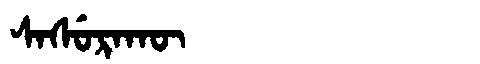
Manchu: ᠰᠠᠰᡠᡵᠠᡴᡡ
Romanization: SASURAKŪ